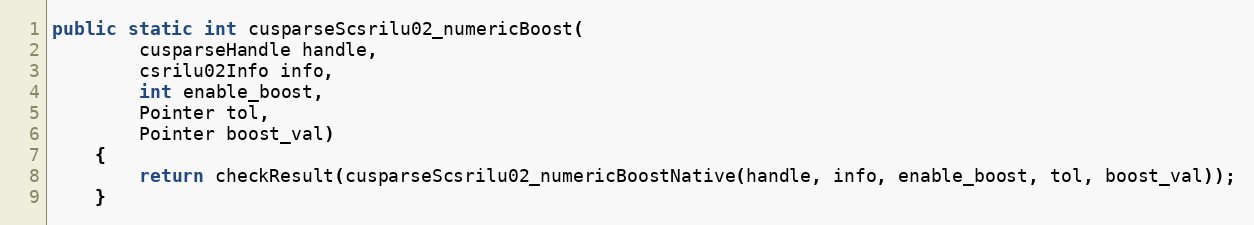
Language: Java
public static int cusparseScsrilu02_numericBoost(
        cusparseHandle handle,
        csrilu02Info info,
        int enable_boost,
        Pointer tol,
        Pointer boost_val)
    {
        return checkResult(cusparseScsrilu02_numericBoostNative(handle, info, enable_boost, tol, boost_val));
    }